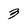
Character: 3